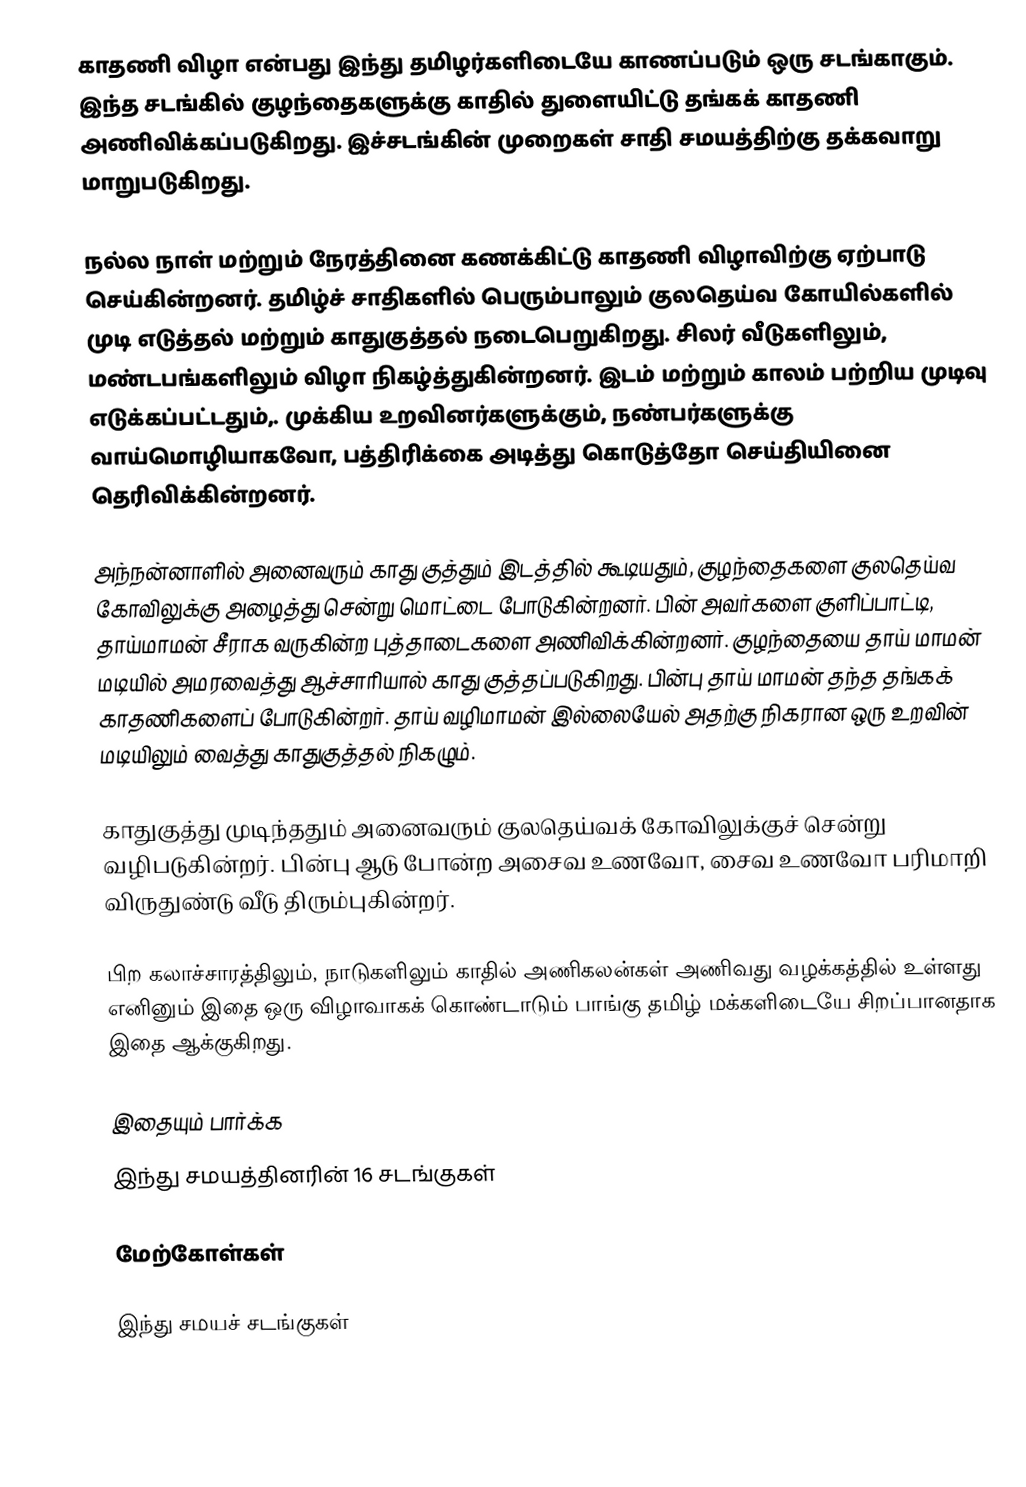
காதணி விழா என்பது இந்து தமிழர்களிடையே காணப்படும் ஒரு சடங்காகும். இந்த சடங்கில் குழந்தைகளுக்கு காதில் துளையிட்டு தங்கக் காதணி அணிவிக்கப்படுகிறது. இச்சடங்கின் முறைகள் சாதி சமயத்திற்கு தக்கவாறு மாறுபடுகிறது.

நல்ல நாள் மற்றும் நேரத்தினை கணக்கிட்டு காதணி விழாவிற்கு ஏற்பாடு செய்கின்றனர். தமிழ்ச் சாதிகளில் பெரும்பாலும் குலதெய்வ கோயில்களில் முடி எடுத்தல் மற்றும் காதுகுத்தல் நடைபெறுகிறது. சிலர் வீடுகளிலும், மண்டபங்களிலும் விழா நிகழ்த்துகின்றனர். இடம் மற்றும் காலம் பற்றிய முடிவு எடுக்கப்பட்டதும்,. முக்கிய உறவினர்களுக்கும், நண்பர்களுக்கு வாய்மொழியாகவோ, பத்திரிக்கை அடித்து கொடுத்தோ செய்தியினை தெரிவிக்கின்றனர்.

அந்நன்னாளில் அனைவரும் காது குத்தும் இடத்தில் கூடியதும், குழந்தைகளை குலதெய்வ கோவிலுக்கு அழைத்து சென்று மொட்டை போடுகின்றனர். பின் அவர்களை குளிப்பாட்டி, தாய்மாமன் சீராக வருகின்ற புத்தாடைகளை அணிவிக்கின்றனர். குழந்தையை தாய் மாமன் மடியில் அமரவைத்து ஆச்சாரியால் காது குத்தப்படுகிறது. பின்பு தாய் மாமன் தந்த தங்கக் காதணிகளைப் போடுகின்றர். தாய் வழிமாமன் இல்லையேல் அதற்கு நிகரான ஒரு உறவின் மடியிலும் வைத்து காதுகுத்தல் நிகழும்.

காதுகுத்து முடிந்ததும் அனைவரும் குலதெய்வக் கோவிலுக்குச் சென்று வழிபடுகின்றர். பின்பு ஆடு போன்ற அசைவ உணவோ, சைவ உணவோ பரிமாறி விருதுண்டு வீடு திரும்புகின்றர்.

பிற கலாச்சாரத்திலும், நாடுகளிலும் காதில் அணிகலன்கள் அணிவது வழக்கத்தில் உள்ளது எனினும் இதை ஒரு விழாவாகக் கொண்டாடும் பாங்கு தமிழ் மக்களிடையே சிறப்பானதாக இதை ஆக்குகிறது.

இதையும் பார்க்க
இந்து சமயத்தினரின் 16 சடங்குகள்

மேற்கோள்கள்

இந்து சமயச் சடங்குகள்

en::Karnavedha